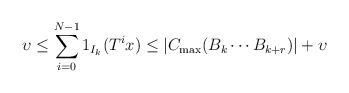
LaTeX: \begin{align*}\upsilon \leq \sum_{i=0}^{N-1} 1_{I_k}(T^ix)\leq |C_{\max}(B_k \cdots B_{k+r})| + \upsilon\end{align*}